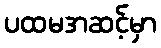
ပထမအဆင့်မှာ